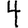
Digit: 4